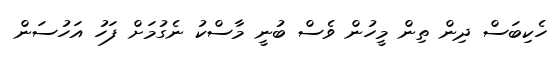
ހެކިބަސް ދިން ތިން މީހުން ވެސް ބުނީ މާސްކު ނެގުމަށް ފަހު އަހުސަން